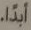
ابداً